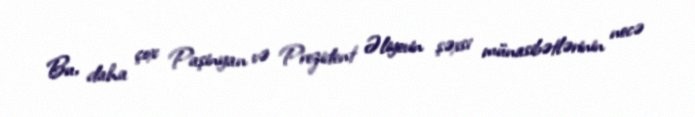
Bu, daha çox Paşinyan və Prezident Əliyevin şəxsi münasibətlərinin necə